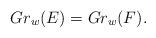
LaTeX: \begin{align*}Gr_w(E) = Gr_w(F).\end{align*}